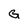
Character: G